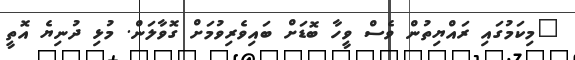
"މިކަމުގައި ރައްޔިތުން ވެސް ވީހާ ބޮޑަށް ބައިވެރިވުމަށް ގޮވާލަން. މުޅި ދުނިޔެ އޮތީ